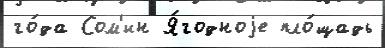
го́да Сом'ин Я́годноjе пло́щадь